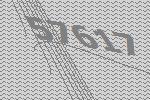
57617